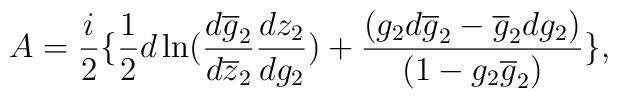
A= \frac{i}{2} \{ \frac{1}{2}d\ln (\frac{d\overline{g}_{2}}{d\overline{z}_{2}}\frac {dz_{2}}{dg_{2}}) + \frac {(g_{2}d\overline{g}_{2}- \overline{g}_{2}dg_{2})}{(1- g_{2}\overline{g}_{2})} \},